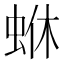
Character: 𮔄